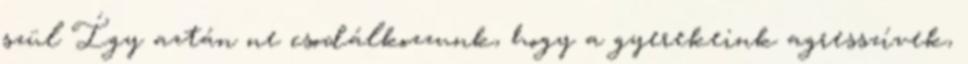
szül Így aztán ne csodálkozzunk, hogy a gyerekeink agresszívek,